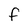
Character: f